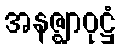
အနဇ္ဈာဝုဋ္ဌံ